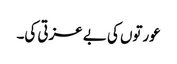
عورتوں کی بے عزتی کی۔